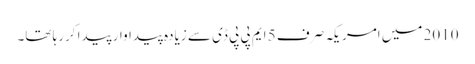
2010 میں امریکہ صرف 5 ایم پی پی ڈی سے زیادہ پیداوار پیدا کررہا تھا۔